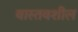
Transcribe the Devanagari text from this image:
वास्तवशील